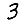
Digit: 3